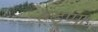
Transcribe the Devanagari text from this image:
हड्प्पा